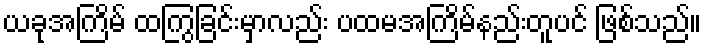
ယခုအကြိမ် ထကြွခြင်းမှာလည်း ပထမအကြိမ်နည်းတူပင် ဖြစ်သည်။